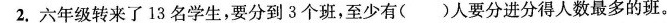
2.六年级转来了13 名学生,要分到3个班,至少有( )人要分进分得人数最多的班。